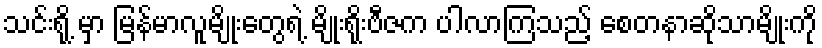
သင်းရို့ မှာ မြန်မာလူမျိုးတွေရဲ့ မျိုးရိုးဗီဇက ပါလာကြသည့် စေတနာဆိုသာမျိုးကို